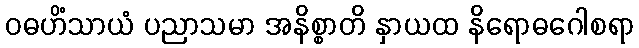
ဝဓဟိံသာယံ ပညာသမာ အနိစ္စာတိ နှာယထ နိရောဓဂေါစရာ